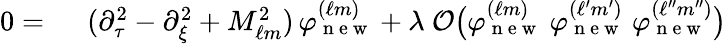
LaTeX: \begin{array}{rl}{0=\ }&{{}(\partial_{\tau}^{2}-\partial_{\xi}^{2}+M_{\ell m}^{2})\, \varphi_{\mathrm{~n~e~w~}}^{(\ell m)}+\lambda\ \mathcal{O}\big(\varphi_{\mathrm{~n~e~w~}}^{(\ell m)}\ \varphi_{\mathrm{~n~e~w~}}^{(\ell^{\prime}m^{\prime})}\ \varphi_{\mathrm{~n~e~w~}}^{(\ell^{\prime\prime}m^{\prime\prime})}\big)}\end{array}